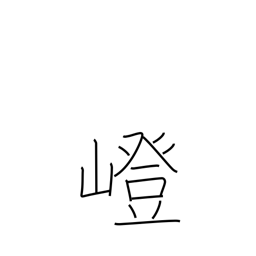
Meaning: uphill path